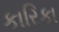
કારિકા